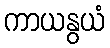
ကာယနွယံ